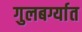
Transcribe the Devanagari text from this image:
गुलबर्ग्यात